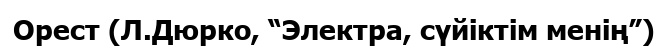
Орест (Л.Дюрко, “Электра, сүйіктім менің”)